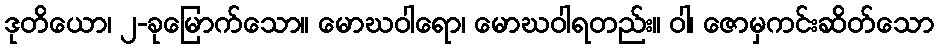
ဒုတိယော၊ ၂-ခုမြောက်သော။ မောဃဝါရော၊ မောဃဝါရတည်း။ ဝါ၊ ဇောမှကင်းဆိတ်သော